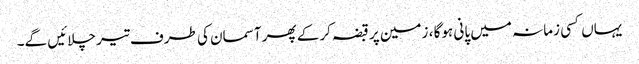
یہاں کسی زمانہ میں پانی ہوگا ، زمین پر قبضہ کرکے پھر آسمان کی طرف تیر چلائیں گے۔